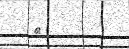
١